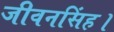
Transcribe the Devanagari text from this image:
जीवनसिंह।